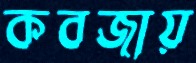
কবজায়